Mustjala_vallavalitsus, lk 12
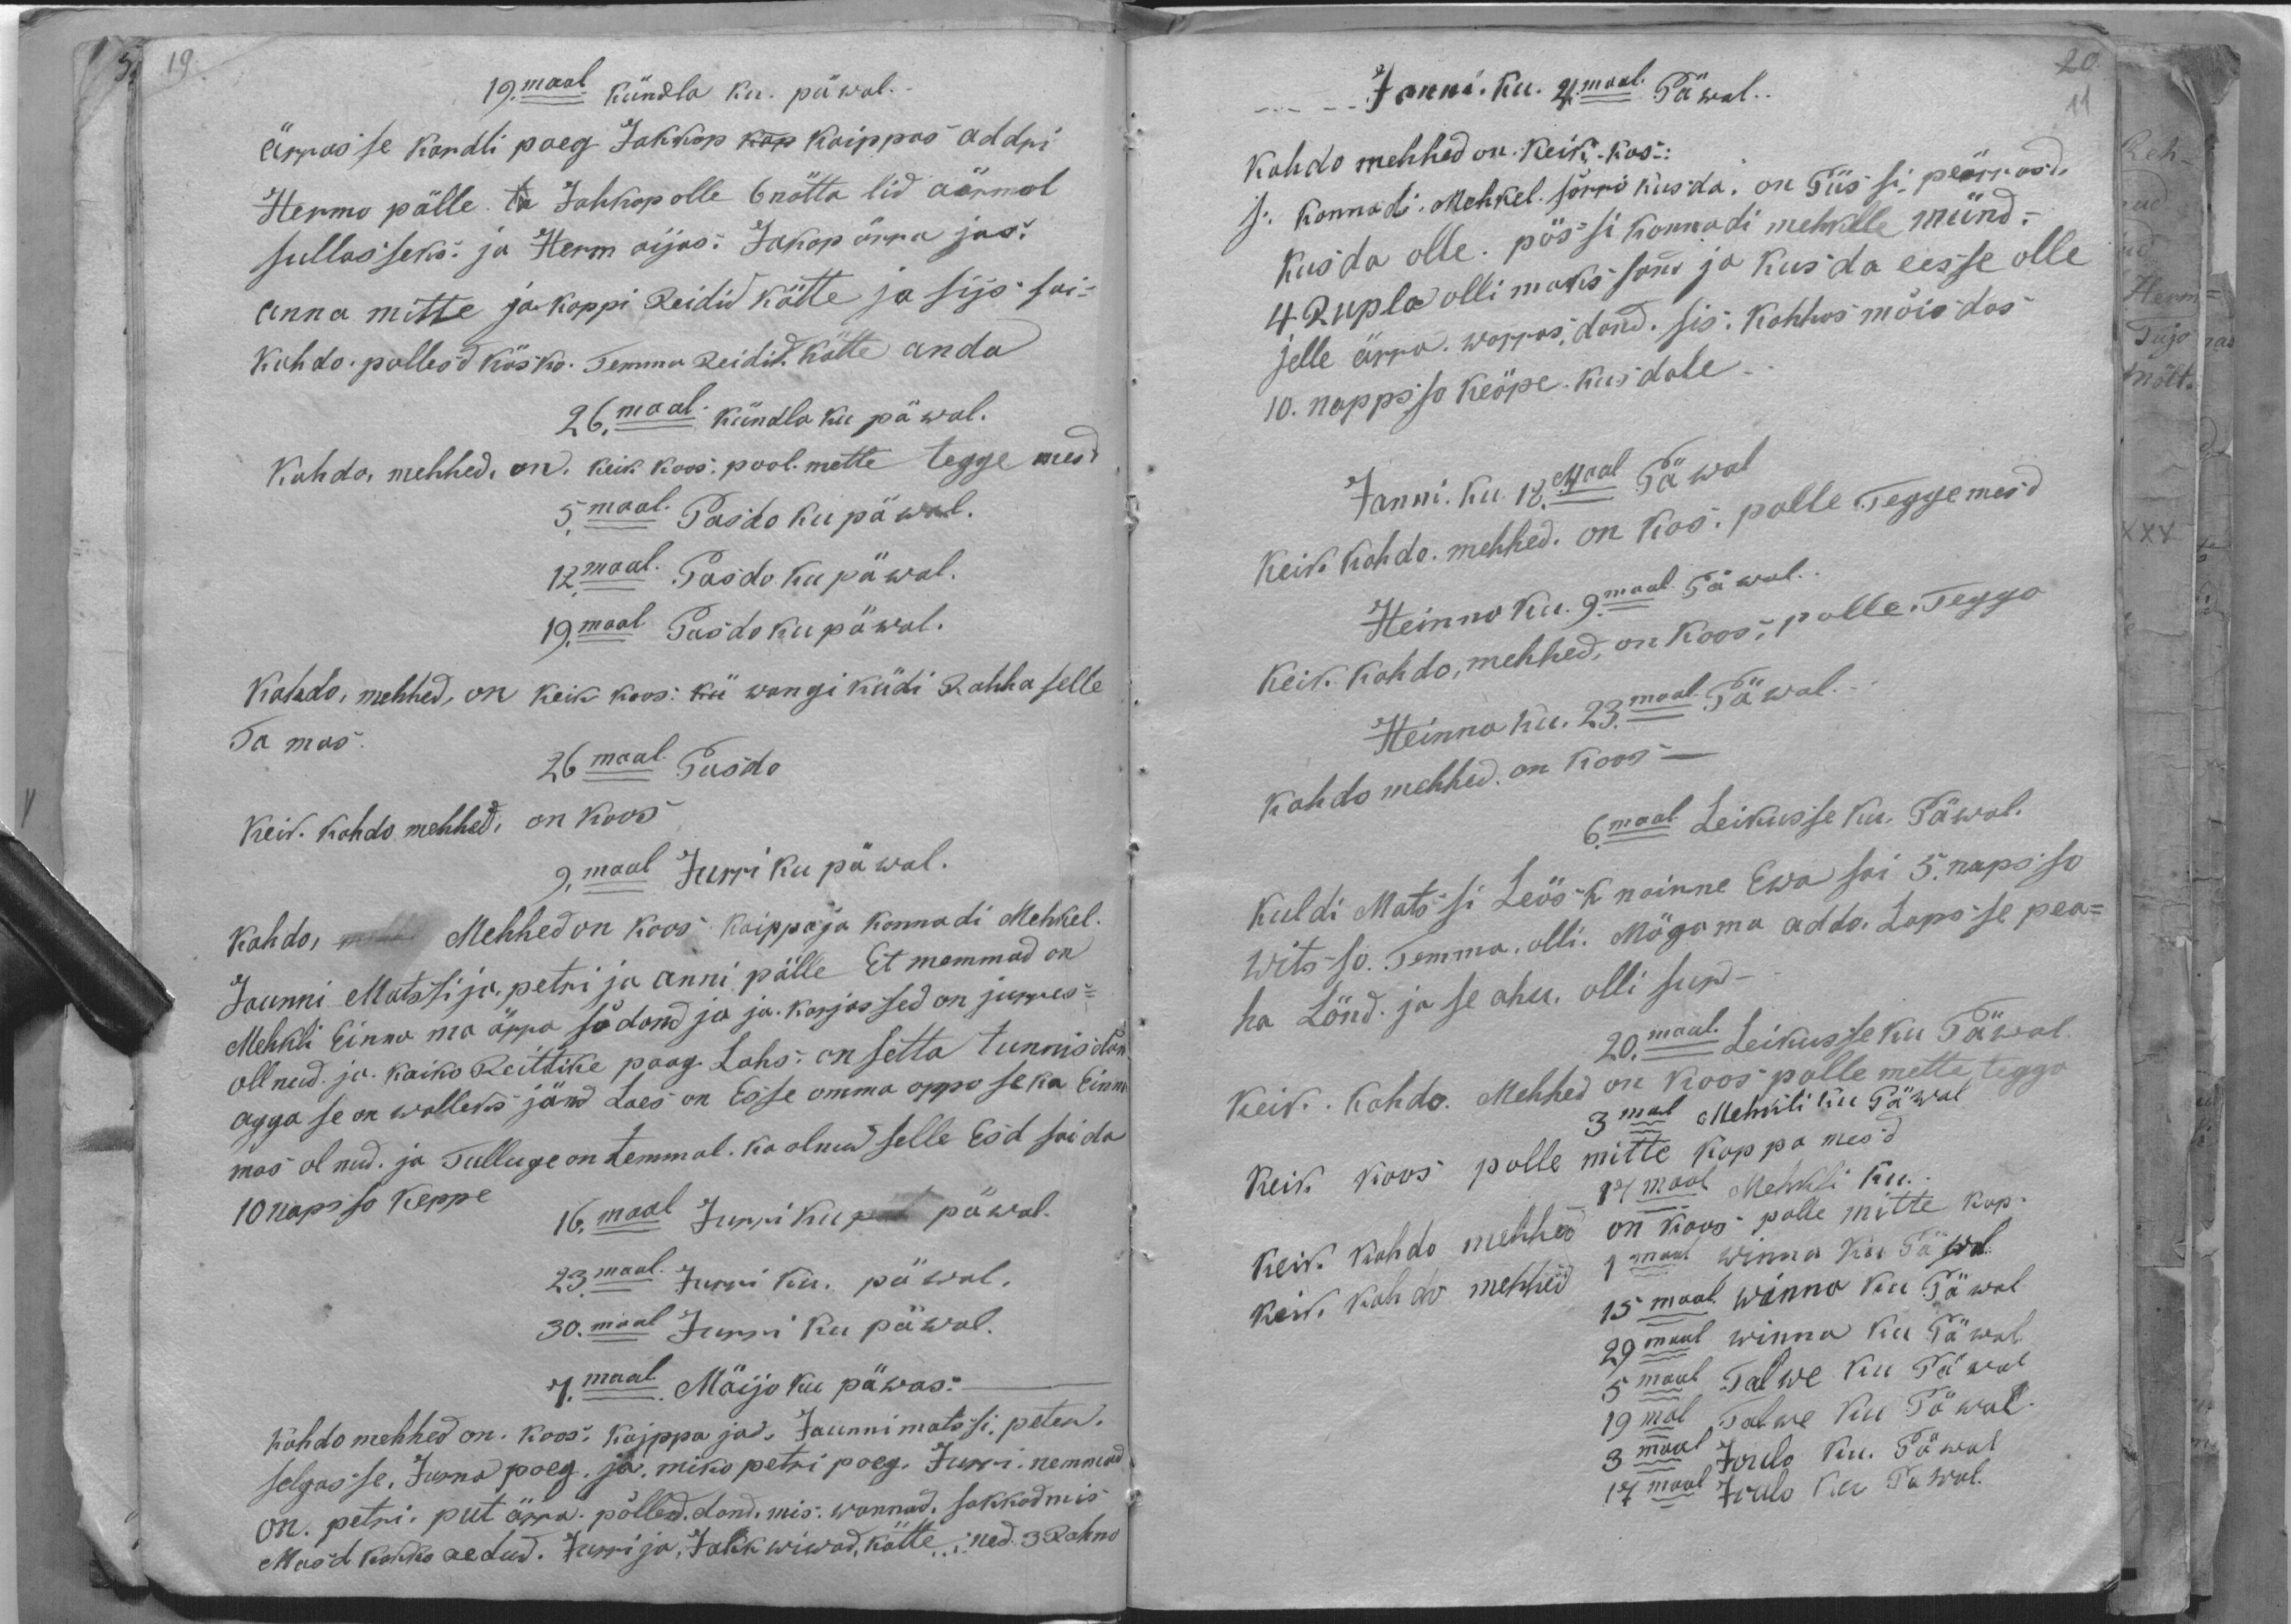
19.maal kündla ku. päwal.-
Ärrasse Kardli poeg Jakkop Kaippas Addri
Hermo pälle Jahkop olle 6 nättalid aärmal
sullasseks ja Herm aijas. Jakop ärra jas.
anna mitte jakoppi Reidid kätte ja sijs sai
Kohto pollesd. Käsko. Temma Reidid. Kätte anda
26,maal kündla ku päwal.
Kohdo, mehhed, on. keik koos; pool. mette teggemesd
5.maal. Pasdo ku päwal.
12.maal. Pasdo ku päwal.
19.maal Pasdo ku päwal.
Kohdo, mehhed, on keik koos: wangi küdi Rahha selle
Ta mas.
26maal Pasdo
Keik. Kohdo mehhed, on koos
9,maal Jurri ku päwal.
Kohdo, Mehhed on koos. Kaippaja konnadi Mehkel,
Jaunni Matssi ja petri ja anni pälle Et memmad on
Mehkli Einna ma ärra södand ja ja karjassed on jurres-
ollnud. ja kaiko Reittike poag. Lahs on setta tunnisdan
agga se on walleks jänd Laes on Esse omma opposeka Einm
mas olnud. ja Tulluge on temmal. Ka olnud selle Esd saida
10 nopsso Keppe
16.maal Jurri ku päwal.
23.maal Jurri ku. päwal.
30.maal Jurri ku päwal.
7.maal. Mäijo ku päwas.
kohdo mehhed on. Koos: Kajppaja Jaunni matssi, peter.
selgasse. Jurna poeg, ja miko petri poeg. Jürri nemmad
on. petri. put ärra põlleddand. mis: wannad, sakkod mis
Masd kokko aedud. Jurri ja Jahk wiwad, kätte, ned. 3 Rahno-

Janni. Ku. 4maal Päwal.
kohdo mehhed on. Keik - kos-
s. Konnadi Mehkel sõrro kusda, on Püssi-peärrasd.
Kusda olle. pössi konnadi mehklle münd.
4 Rupla olli makssand ja kusda eesse olle
jelle ärra. warrasdand. sis: Kohhos mõisdas
10. nappsso keöpe kusdale.
Janni. ku. 18.maal Päwal
Keik kohdo mehhed. on kos. polle Teggemesd
Heinno ku. 9maal Päwal.
Keik. Kohto, mehhed, on Koos polle. Teggo
Heinna ku. 23.maal Päwal.
kohdo mehhed on koos
6.maal Leikusse Ku Päwal.
Kuldi Matssi Leösk nainne Ewa sai 5 napsso
Witsso. Temma olli. Mägoma addo. Lapsse pea-
ha Lönd. ja se ahu. olli sur-
20.maal. Leikusse ku Päwal
Keik. Kohdo. Mehhed on koos polle mette teggo
3mal Mehkli ku Päwal
Keik koos polle. mitte koppamesd
17.maal Mehkli ku.
keik kohdo mehhed on koos-polle mitte kop.
1 maal winna ku Päwal
keik kohto mehhed
15.maal Winna Ku Päwal
29 maal winna Ka Päwal
5 maal Talwe kui Päwal
19 mal Talwe kui Päwal
3 maal Joulo Ku. Päwal
17 maal Joulo ku Päwal.